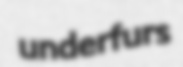
underfurs